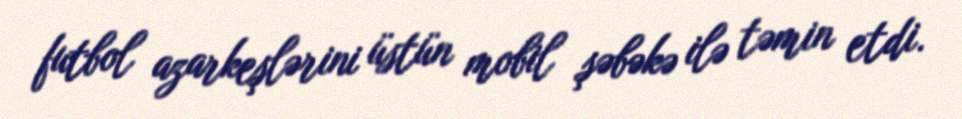
futbol azarkeşlərini üstün mobil şəbəkə ilə təmin etdi.